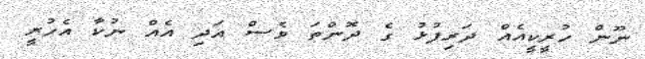
ނޫން ހުރީކީއެއް ދަރިފުޅު ގެ ދޮންތަ ވެސް އަދި އެއް ނުކާ އެހުރީ